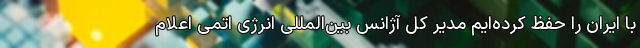
با ایران را حفظ کرده‌ایم مدیر کل آژانس بین‌المللی انرژی اتمی اعلام